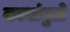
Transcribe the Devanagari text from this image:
कानांमुळे